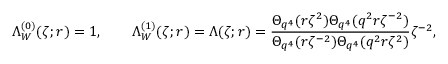
\Lambda _ { W } ^ { ( 0 ) } ( \zeta ; r ) = 1 , \qquad \Lambda _ { W } ^ { ( 1 ) } ( \zeta ; r ) = \Lambda ( \zeta ; r ) = \frac { \Theta _ { q ^ { 4 } } ( r \zeta ^ { 2 } ) \Theta _ { q ^ { 4 } } ( q ^ { 2 } r \zeta ^ { - 2 } ) } { \Theta _ { q ^ { 4 } } ( r \zeta ^ { - 2 } ) \Theta _ { q ^ { 4 } } ( q ^ { 2 } r \zeta ^ { 2 } ) } \zeta ^ { - 2 } ,